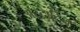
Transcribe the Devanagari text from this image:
अॅस्टाटिन